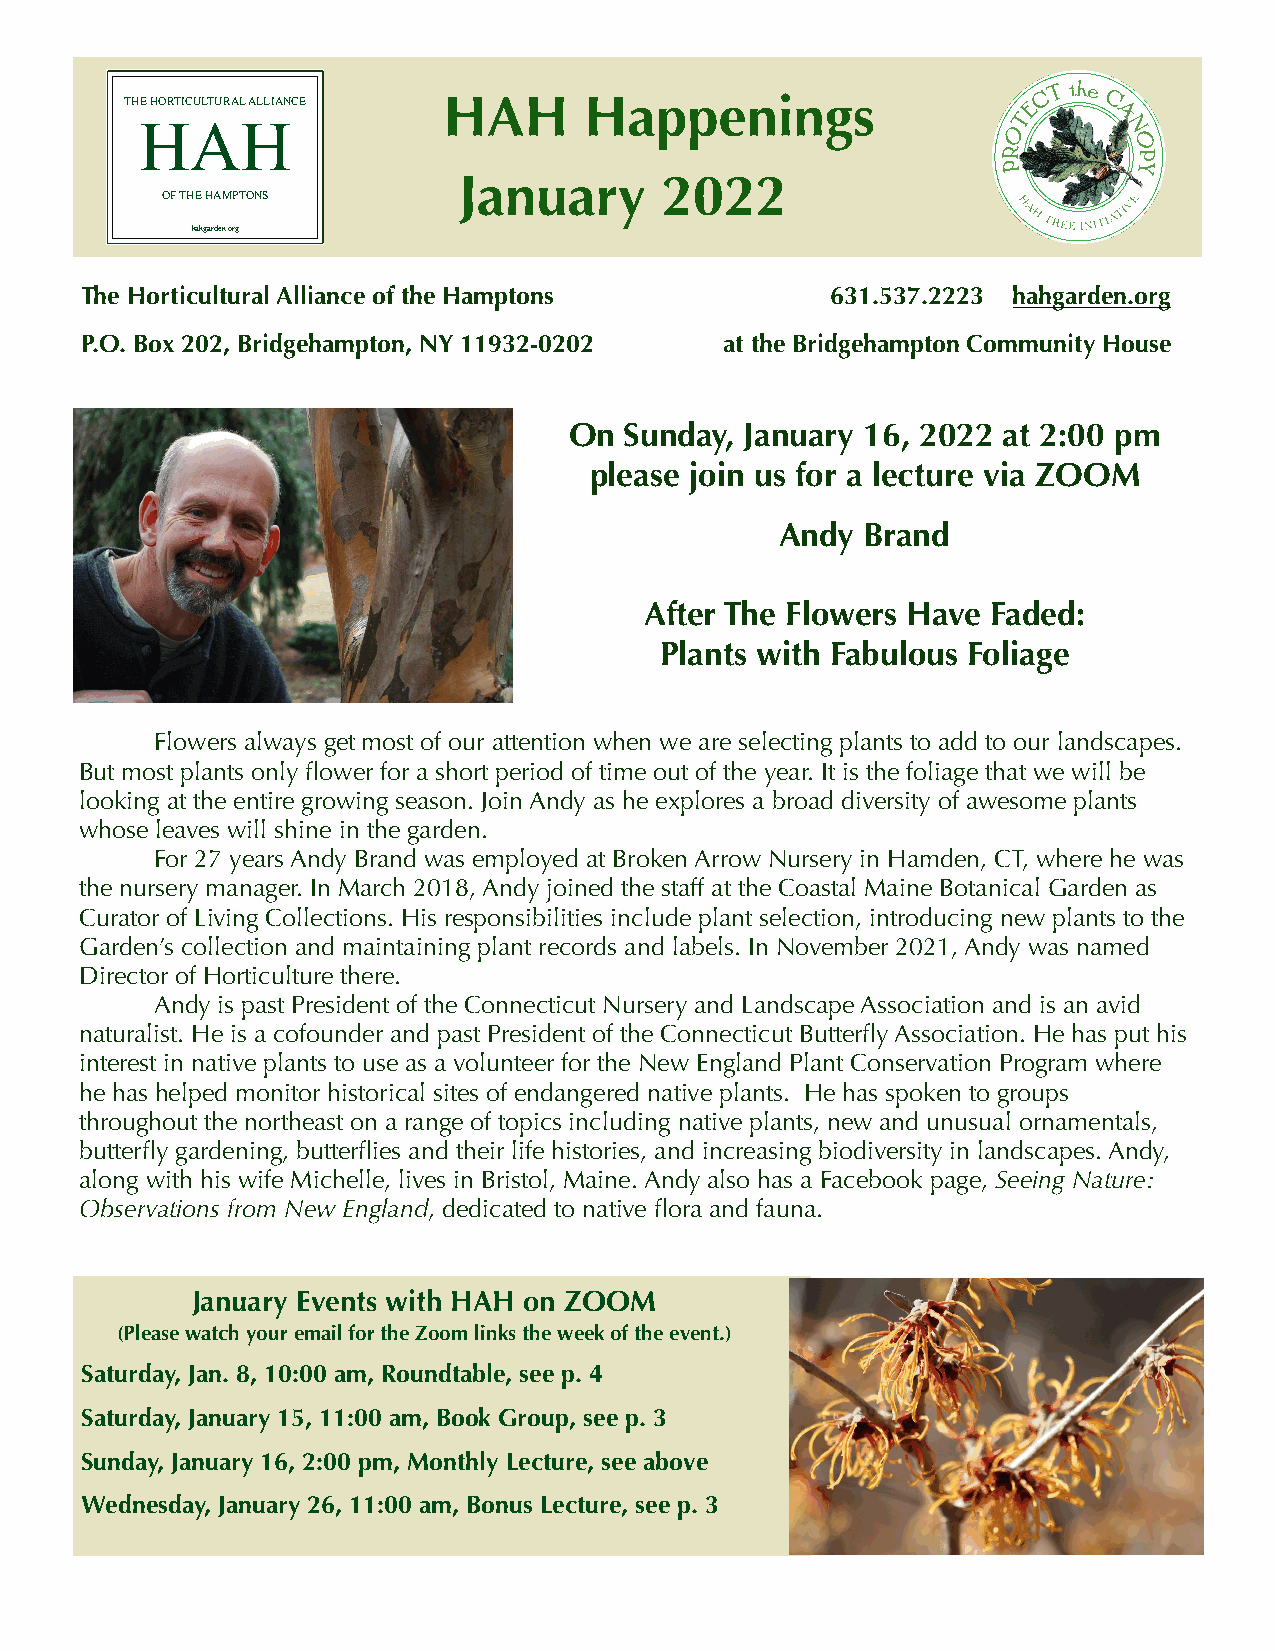
!
 !
 !
 THE HORTICULTURAL ALLIANCE HAH Happenings
 HAH
 January       2022
 OF THE HAMPTONS
 !
 !
 hahgarden.org
 The Horticultural Alliance of the Hamptons        631.537.2223 hahgarden.org
 P.O. Box 202, Bridgehampton, NY 11932-0202 at the Bridgehampton Community House
 On Sunday, January 16, 2022 at 2:00 pm
 please join us for a lecture via ZOOM
 Andy Brand
 After The Flowers Have Faded:
 Plants with Fabulous Foliage
 Flowers always get most of our attention when we are selecting plants to add to our landscapes.
 But most plants only flower for a short period of time out of the year. It is the foliage that we will be
 looking at the entire growing season. Join Andy as he explores a broad diversity of awesome plants
 whose leaves will shine in the garden.
 For 27 years Andy Brand was employed at Broken Arrow Nursery in Hamden, CT, where he was
 the nursery manager. In March 2018, Andy joined the staff at the Coastal Maine Botanical Garden as
 Curator of Living Collections. His responsibilities include plant selection, introducing new plants to the
 Garden’s collection and maintaining plant records and labels. In November 2021, Andy was named
 Director of Horticulture there.
 Andy is past President of the Connecticut Nursery and Landscape Association and is an avid
 naturalist. He is a cofounder and past President of the Connecticut Butterfly Association. He has put his
 interest in native plants to use as a volunteer for the New England Plant Conservation Program where
 he has helped monitor historical sites of endangered native plants. He has spoken to groups
 throughout the northeast on a range of topics including native plants, new and unusual ornamentals,
 butterfly gardening, butterflies and their life histories, and increasing biodiversity in landscapes. Andy,
 along with his wife Michelle, lives in Bristol, Maine. Andy also has a Facebook page, Seeing Nature:
 Observations from New England, dedicated to native flora and fauna.
 January Events with HAH on ZOOM
 (Please watch your email for the Zoom links the week of the event.)
 Saturday, Jan. 8, 10:00 am, Roundtable, see p. 4
 Saturday, January 15, 11:00 am, Book Group, see p. 3
 Sunday, January 16, 2:00 pm, Monthly Lecture, see above
 Wednesday, January 26, 11:00 am, Bonus Lecture, see p. 3